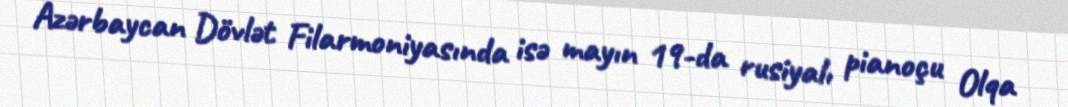
Azərbaycan Dövlət Filarmoniyasında isə mayın 19-da rusiyalı pianoçu Olqa